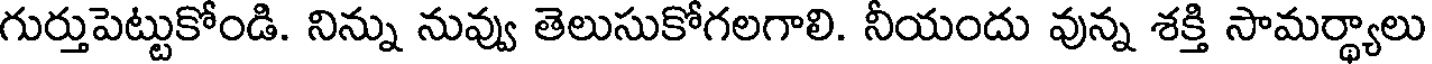
గుర్తుపెట్టుకోండి. నిన్ను నువ్వు తెలుసుకోగలగాలి. నీయందు వున్న శక్తి సామర్థ్యాలు